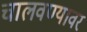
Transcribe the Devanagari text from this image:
चालवण्यावर